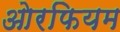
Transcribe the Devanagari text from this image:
ओरफियम